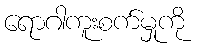
ရောဂါကူးစက်မှုကို